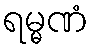
ရမ္မဏံ